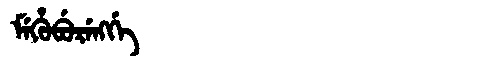
Manchu: ᠮᡝᡥᡠᠪᡠᡵᡝᠩᡤᡝ
Romanization: MEHUBURENGGE